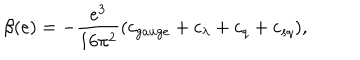
\beta ( e ) = - \frac { e ^ { 3 } } { 1 6 \pi ^ { 2 } } ( c _ { g a u g e } + c _ { \lambda } + c _ { q } + c _ { s q } ) ,